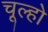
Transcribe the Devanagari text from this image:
चूल्हो